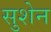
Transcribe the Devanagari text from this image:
सुशेन